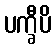
ပက္ခီပိ